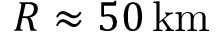
R \approx 5 0 \, { \mathrm { k m } }